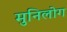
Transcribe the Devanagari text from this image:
मुनिलोग